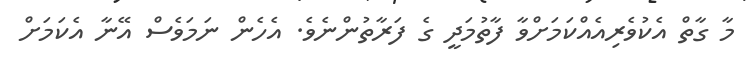
މާ ގާތް އެކުވެރިއެއްކަމަށްވާ ފާތުމަދީ ގެ ފަރާތުންނެވެ. އެހެން ނަމަވެސް އޭނާ އެކަމަށް